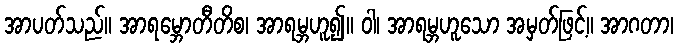
အာပတ်သည်။ အာရမ္ဘောတီတိစ၊ အာရမ္ဘဟူ၍။ ဝါ၊ အာရမ္ဘဟူသော အမှတ်ဖြင့်။ အာဂတာ၊